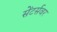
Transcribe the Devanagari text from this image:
सेंटर्सवर